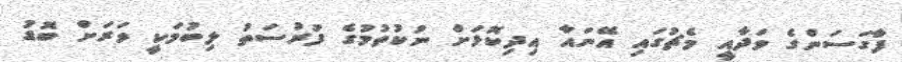
ފާގަސަންގެ ވަދާއީ މެޗުގައި އޭނައާ އިދިކޮޅަށް ނުކުތުމުގެ ފުރުސަތު ލިބުމަކީ ވަރަށް ބޮޑު